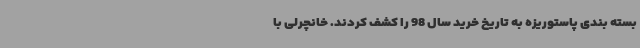
بسته بندی پاستوریزه به تاریخ خرید سال 98 را کشف کردند. خانچرلی با